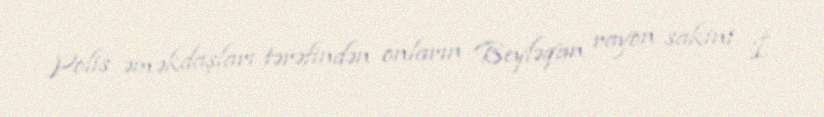
Polis əməkdaşları tərəfindən onların Beyləqan rayon sakini İ.